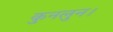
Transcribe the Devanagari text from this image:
कुनलुन।